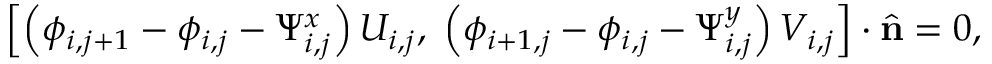
\left[ \left( \phi _ { i , j + 1 } - \phi _ { i , j } - \Psi _ { i , j } ^ { x } \right) U _ { i , j } , \; \left( \phi _ { i + 1 , j } - \phi _ { i , j } - \Psi _ { i , j } ^ { y } \right) V _ { i , j } \right] \cdot \hat { \mathbf { n } } = 0 ,